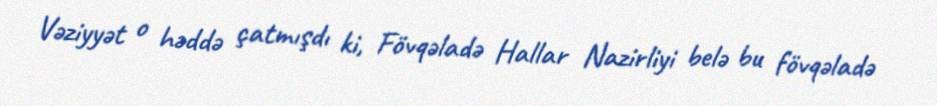
Vəziyyət o həddə çatmışdı ki, Fövqəladə Hallar Nazirliyi belə bu fövqəladə